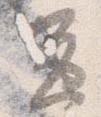
兼